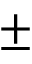
\pm